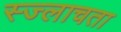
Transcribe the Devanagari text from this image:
स्ज्लाचता